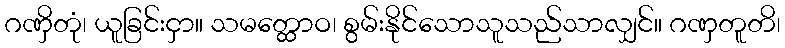
ဂဏှိတုံ၊ ယူခြင်းငှာ။ သမတ္ထောဝ၊ စွမ်းနိုင်သောသူသည်သာလျှင်။ ဂဏှတူတိ၊